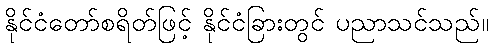
နိုင်ငံတော်စရိတ်ဖြင့် နိုင်ငံခြားတွင် ပညာသင်သည်။